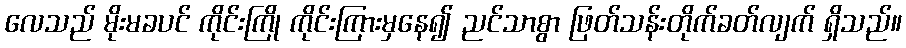
လေသည် မိုးမခပင် ကိုင်းကြို ကိုင်းကြားမှနေ၍ ညင်သာစွာ ဖြတ်သန်းတိုက်ခတ်လျက် ရှိသည်။